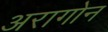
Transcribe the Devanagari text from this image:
अरागोन